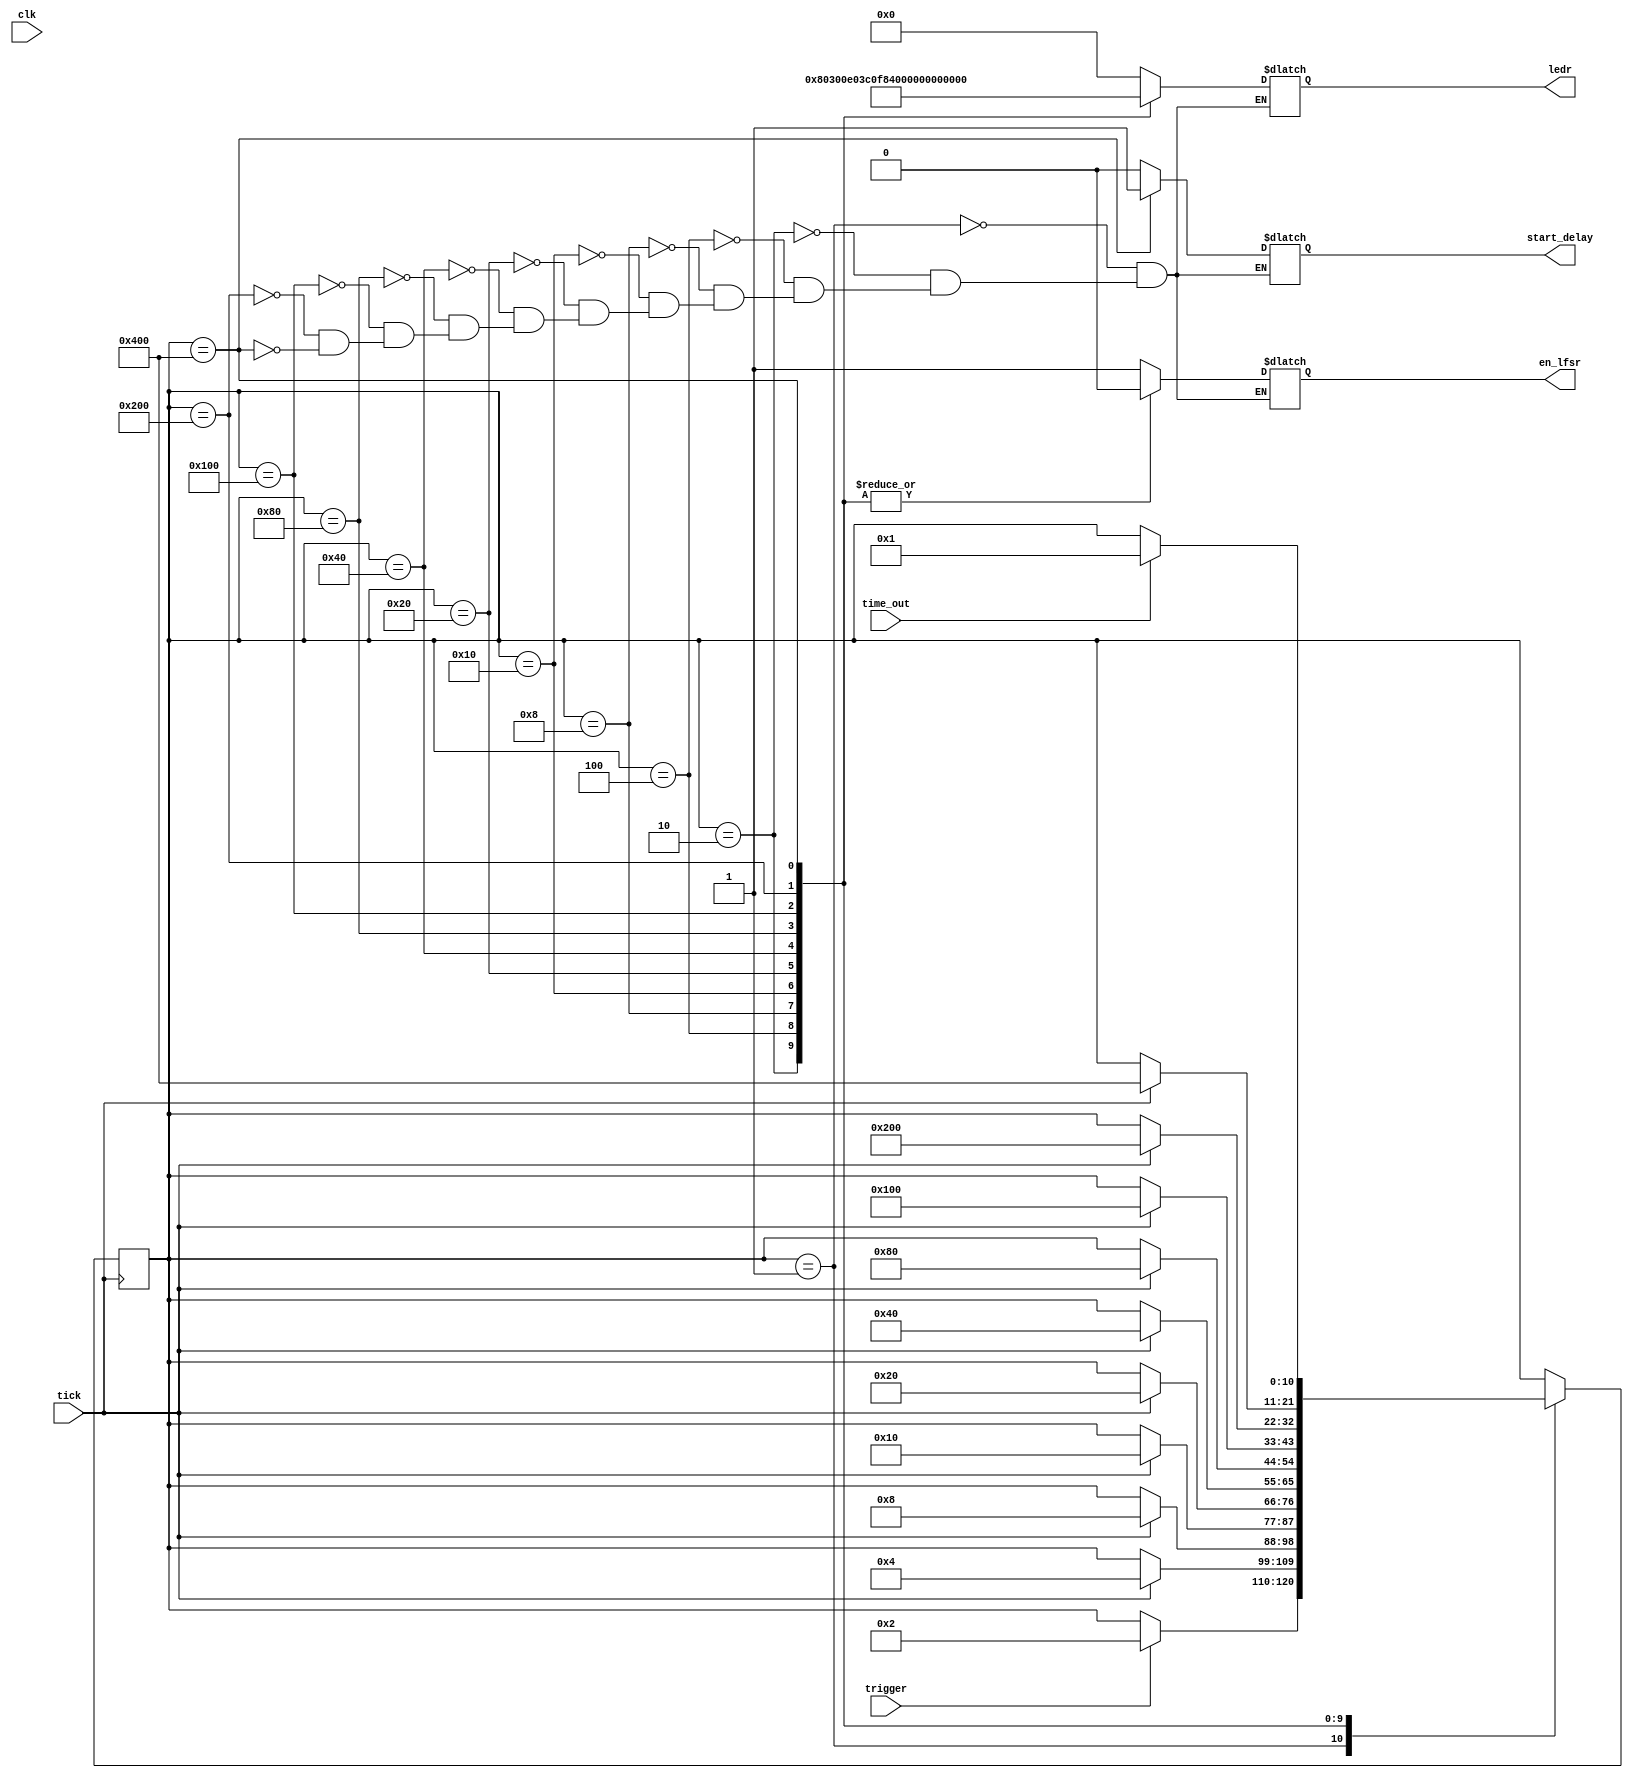
module fsm_light(
	clk,
	tick,
	trigger,
	time_out,
	en_lfsr,
	start_delay,
	ledr
);

	input clk, tick, trigger,time_out;
	output en_lfsr, start_delay;
	output [9:0] ledr;
	
	reg [9:0] ledr;
	reg en_lfsr, start_delay;

	//Defining each of our states using one-hot encoding
	parameter IDLE = 11'b00000000001;
	parameter LIGHT0 = 11'b00000000010;
	parameter LIGHT1 = 11'b00000000100;
	parameter LIGHT2 = 11'b00000001000;
	parameter LIGHT3 = 11'b00000010000;
	parameter LIGHT4 = 11'b00000100000;
	parameter LIGHT5 = 11'b00001000000;
	parameter LIGHT6 = 11'b00010000000;
	parameter LIGHT7 = 11'b00100000000;
	parameter LIGHT8 = 11'b01000000000;
	parameter LIGHT9 = 11'b10000000000;

	//setting up initial state for switch case
	reg [10:0] state;
	initial state = IDLE;	
	initial en_lfsr = 1'b0;
	initial start_delay = 1'b0;
	
	//transitions
	always @ (posedge tick)
	begin
				case(state)
					IDLE: if(trigger == 1'b1) state<= LIGHT0;
					LIGHT0: if(tick == 1'b1) state <= LIGHT1;
					LIGHT1: if(tick == 1'b1) state <= LIGHT2;
					LIGHT2: if(tick == 1'b1) state <= LIGHT3;
					LIGHT3: if(tick == 1'b1) state <= LIGHT4;
					LIGHT4: if(tick == 1'b1) state <= LIGHT5;
					LIGHT5: if(tick == 1'b1) state <= LIGHT6;
					LIGHT6: if(tick == 1'b1) state <= LIGHT7;
					LIGHT7: if(tick == 1'b1) state <= LIGHT8;
					LIGHT8: if(tick == 1'b1) state <= LIGHT9;
					LIGHT9: if(time_out == 1'b1) state <= IDLE;
					default: ;
				endcase
	end
	
	//Output for each state
	always @ (*)
	begin
				case(state)
					IDLE: begin //no lights
									ledr <= 10'b0000000000;
									en_lfsr <= 1'b1; //request random number
									start_delay <= 1'b0;
									end
					LIGHT0: begin //start lights
									ledr <= 10'b1000000000; //LED9
									en_lfsr <= 1'b0;
									start_delay <= 1'b0;
									end
					LIGHT1: begin 
									ledr <= 10'b1100000000; //LED9-8
									en_lfsr <= 1'b0;
									start_delay <= 1'b0;
									end
					LIGHT2: begin 
									ledr <= 10'b1110000000; //LED9-7
									en_lfsr <= 1'b0;
									start_delay <= 1'b0;
									end
					LIGHT3: begin
									ledr <= 10'b1111000000; //LED9-6
									en_lfsr <= 1'b0;
									start_delay <= 1'b0;
									end
					LIGHT4: begin 
									ledr <= 10'b1111100000; //LED9-5
									en_lfsr <= 1'b0;
									start_delay <= 1'b0;
									end
					LIGHT5: begin 
									ledr <= 10'b1111110000; //LED9-4
									en_lfsr <= 1'b0;
									start_delay <= 1'b0;
									end
					LIGHT6: begin
									ledr <= 10'b1111111000; //LED9-3
									en_lfsr <= 1'b0;
									start_delay <= 1'b0;
									end
					LIGHT7: begin
									ledr <= 10'b1111111100; //LED9-2
									en_lfsr <= 1'b0;
									start_delay <= 1'b0;
									end
					LIGHT8: begin
									ledr <= 10'b1111111110; //LED9-1
									en_lfsr <= 1'b0;
									start_delay <= 1'b0;
									end
					LIGHT9: begin 
									ledr <= 10'b1111111111; //LED9-0
									en_lfsr <= 1'b0;
									start_delay <= 1'b1;
									end

					default: ;
				endcase
	end
										
	
endmodule